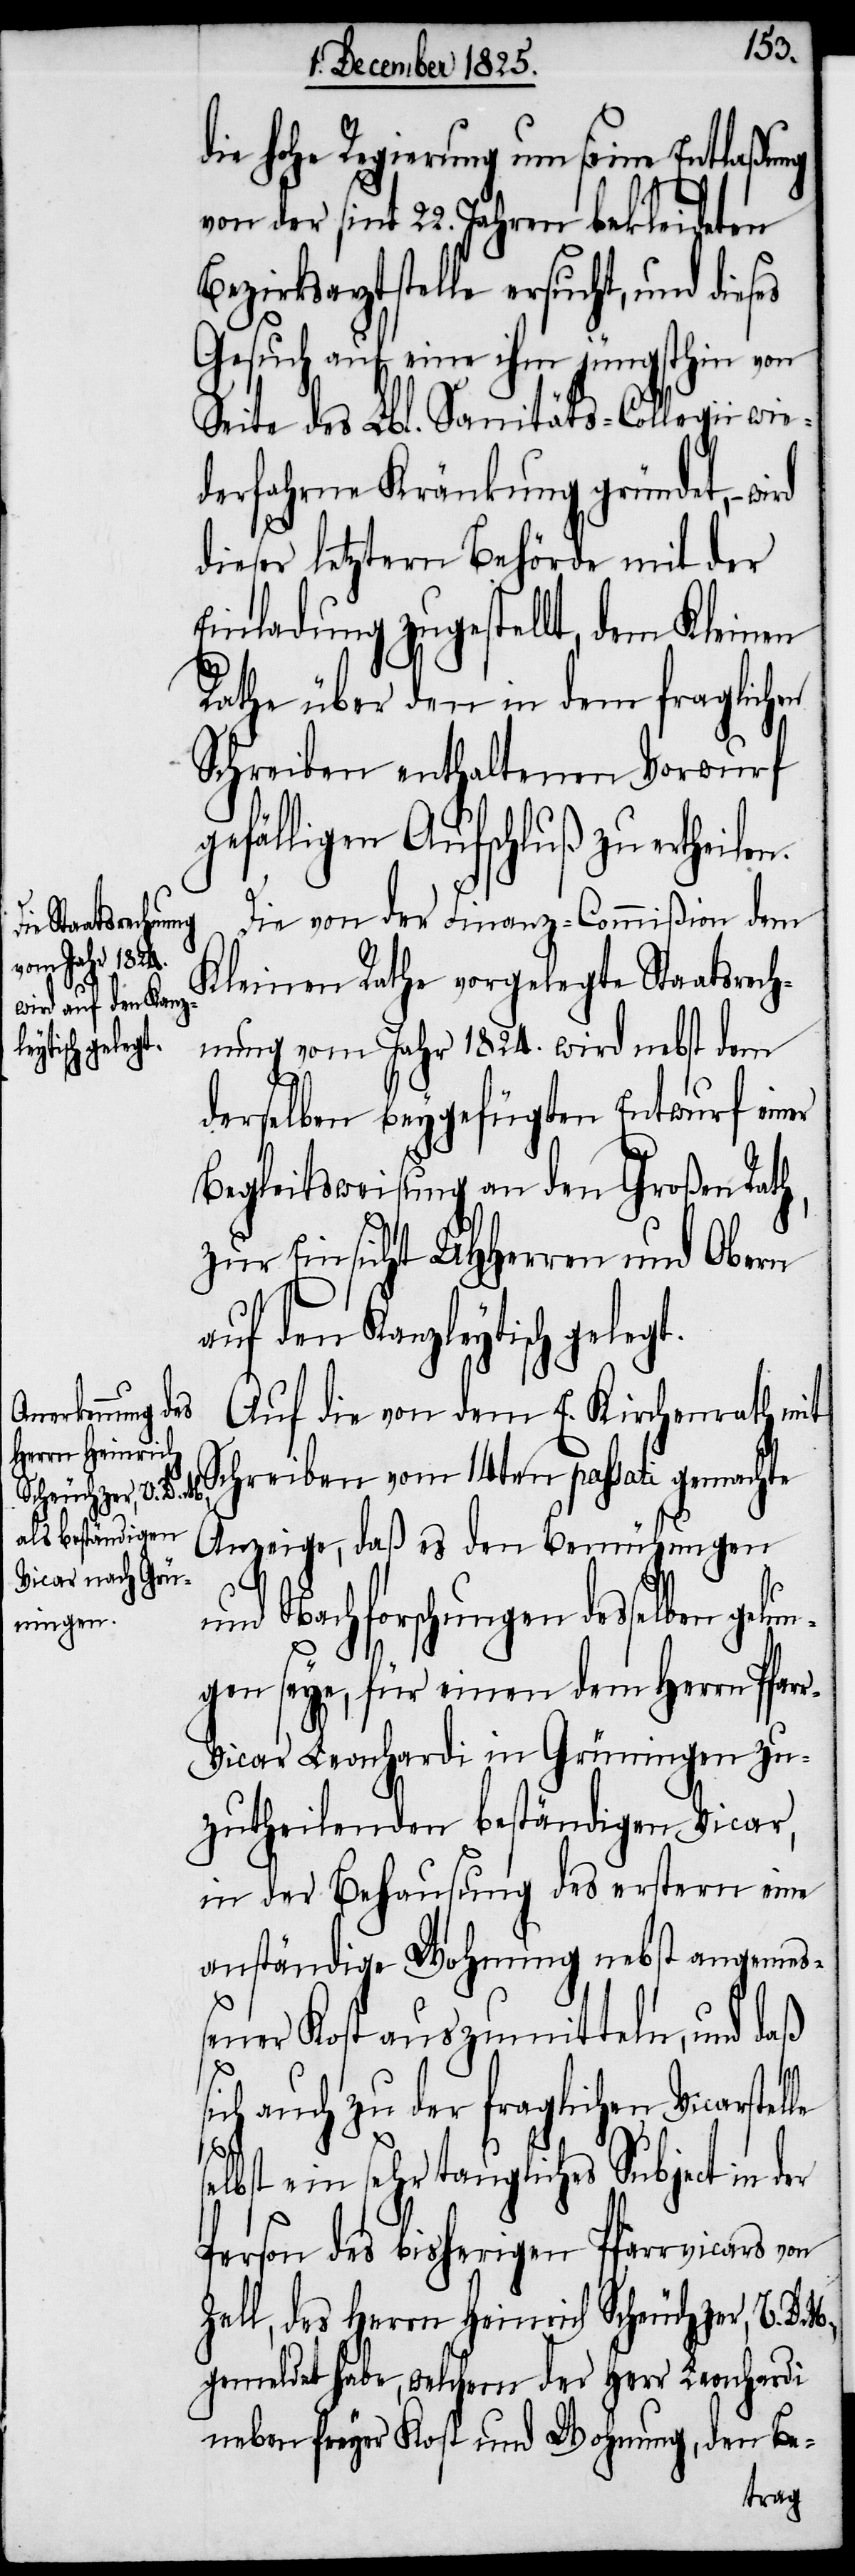
le se¬
Herrn Heinrich
Scheuchzer, V. D.

die hohe Regierung um seine Entlaßung
von der sint 22. Jahren bekleideten B¬
ezirksarztstelle ersucht, und
Gesuch auf eine ihm jüngsthin von
Seite des Lbl. Sanitäts-Collegii wie¬
derfahrne Kränkung gründet, wird
dieser letztern Behörde mit der
Einladung zugestellt, dem Kleinen
Rathe über den in dem fraglichen
Schreiben enthaltenen Vorwurf
gefälligen Aufschluß zu ertheilen.
Die von der Finanz-Commißion dem
Kleinen Rathe vorgelegte Staatsrech¬
nung vom Jahr 1824. wird nebst dem
derselben beygefügten Entwurf einer
Begleitsweisung an den Großen Rath,
zur Einsicht UHHerren und Obern
auf den Kanzleyt¬
Auf die von dem E. Kirchenrath mit
Schreiben vom 14ten passati gemachte
Anzeige, daß es den Bemühungen
und Nachforschungen desselben gelu¬
ngen seye, für einen dem Herrn Pfar¬
r-Vicar Leonhardi in Grüningen zu¬
zutheilenden beständigen Vicar,
in der Behausung des erstern eine
anständige Wohnung nebst angemeß¬
ener Kost auszumitteln, und daß
sich auch zu der fraglichen Vicarstel¬
lbst ein sehr taugliches Subject in
Person des bisherigen Pfarrvicars
gemeldet habe, welchem der Herr Leonhardi
neben freyer Kost und Wohnung, den Be-